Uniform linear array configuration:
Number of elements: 16
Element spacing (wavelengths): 0.75
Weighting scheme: hamming
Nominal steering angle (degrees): -15
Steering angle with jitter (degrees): -15.977
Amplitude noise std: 0.05
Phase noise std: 0.05

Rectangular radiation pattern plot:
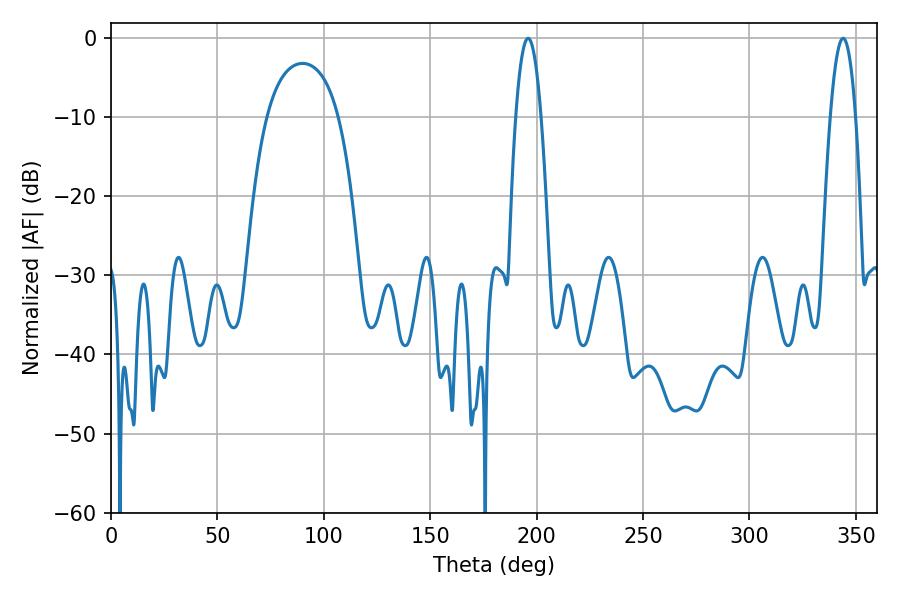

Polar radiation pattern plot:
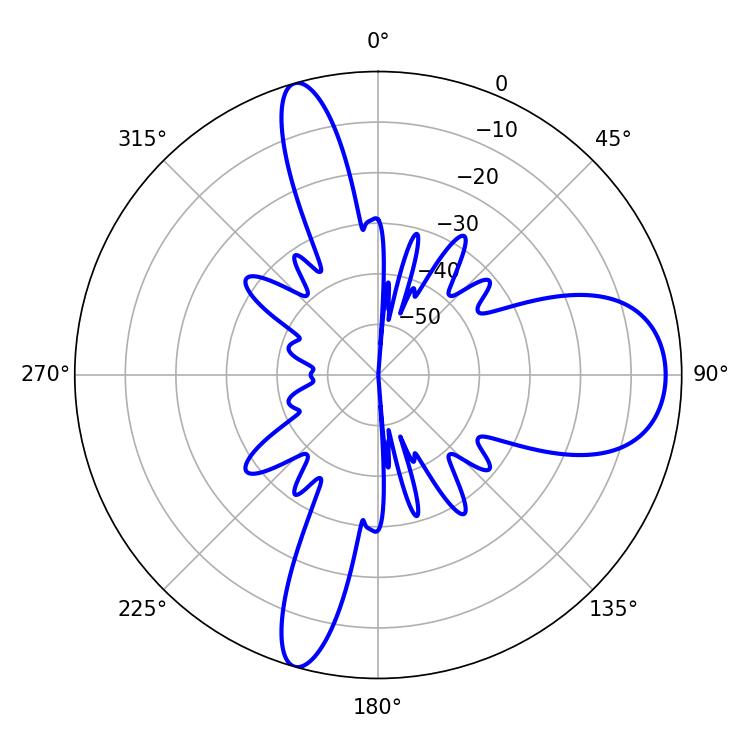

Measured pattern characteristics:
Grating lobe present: TRUE
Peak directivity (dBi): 11.747
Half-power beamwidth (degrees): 6.48
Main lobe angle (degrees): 196.02